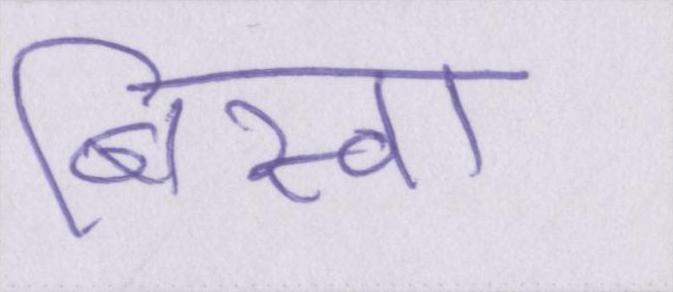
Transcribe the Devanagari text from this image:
बिस्वा